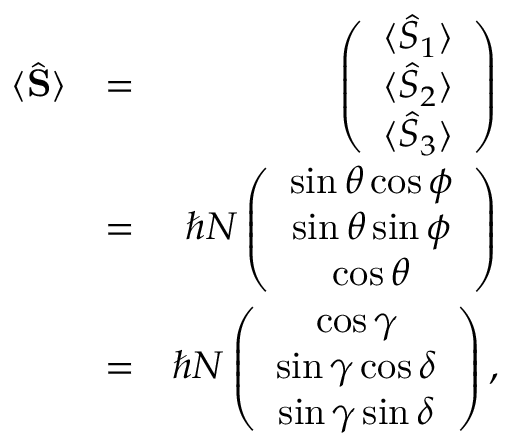
\begin{array} { r l r } { \langle \hat { \bf S } \rangle } & { = } & { \left( \begin{array} { c } { \langle \hat { S } _ { 1 } \rangle } \\ { \langle \hat { S } _ { 2 } \rangle } \\ { \langle \hat { S } _ { 3 } \rangle } \end{array} \right) } \\ & { = } & { \hbar N \left( \begin{array} { c } { \sin \theta \cos \phi } \\ { \sin \theta \sin \phi } \\ { \cos \theta } \end{array} \right) } \\ & { = } & { \hbar N \left( \begin{array} { c } { \cos \gamma } \\ { \sin \gamma \cos \delta } \\ { \sin \gamma \sin \delta } \end{array} \right) , } \end{array}